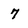
Character: 7